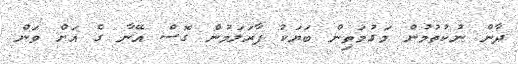
ދާން ނުކުތުމުން މަގުމަތިން ބަޔަކު ފާރަލަމުން ގޮސް އޭނާ ގެ އަށް ވަން